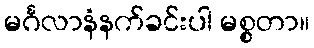
မင်္ဂလာနံနက်ခင်းပါ မစ္စတာ။